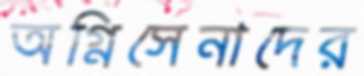
অগ্নিসেনাদের